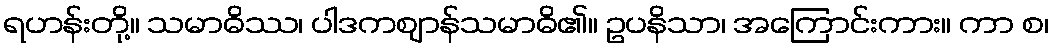
ရဟန်းတို့။ သမာဓိဿ၊ ပါဒကဈာန်သမာဓိ၏။ ဥပနိသာ၊ အကြောင်းကား။ ကာ စ၊